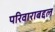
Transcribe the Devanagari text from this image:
परिवाराबद्दल